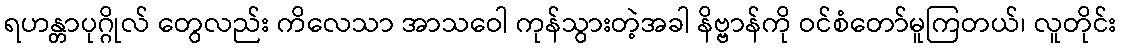
ရဟန္တာပုဂ္ဂိုလ် တွေလည်း ကိလေသာ အာသဝေါ ကုန်သွားတဲ့အခါ နိဗ္ဗာန်ကို ဝင်စံတော်မူကြတယ်၊ လူတိုင်း